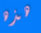
هذه